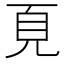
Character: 𩑋